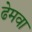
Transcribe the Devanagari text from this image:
ढेमवा